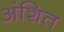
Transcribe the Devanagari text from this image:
अंशित